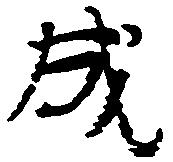
成